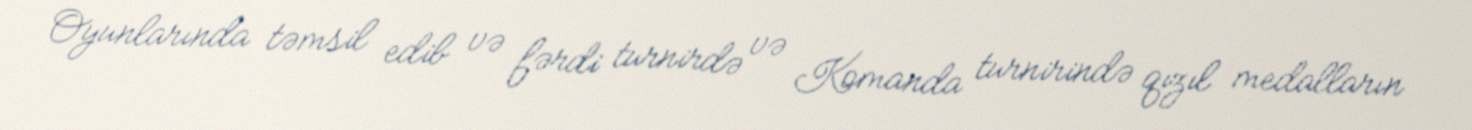
Oyunlarında təmsil edib və fərdi turnirdə və Komanda turnirində qızıl medalların